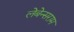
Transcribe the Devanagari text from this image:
लेबेन्सराम